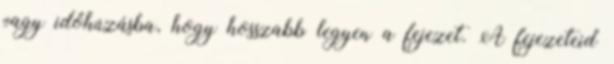
vagy időhúzásba, hogy hosszabb legyen a fejezet. A fejezeteid